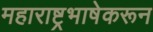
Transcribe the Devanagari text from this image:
महाराष्ट्रभाषेकरून